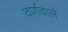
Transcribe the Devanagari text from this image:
वर्णवाले